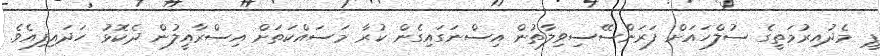
ޕީ މެދުއިރުމަތީގެ ސުލްހައަށް ފަރަންސޭސިވިލާތުން އިސްނަގައިގެން ކުރާ މަސައްކަތަށް އިސްރާއީލުން ދެކޮޅު ހަދައިފިއެވެ.